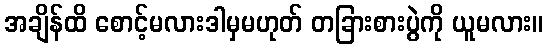
အချိန်ထိ စောင့်မလားဒါမှမဟုတ် တခြားစားပွဲကို ယူမလား။